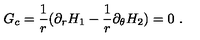
G _ { c } = \frac { 1 } { r } ( \partial _ { r } H _ { 1 } - \frac { 1 } { r } \partial _ { \theta } H _ { 2 } ) = 0 \ .